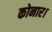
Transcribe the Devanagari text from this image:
कोनार।